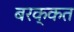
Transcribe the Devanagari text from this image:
बरक्कत